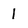
Character: l